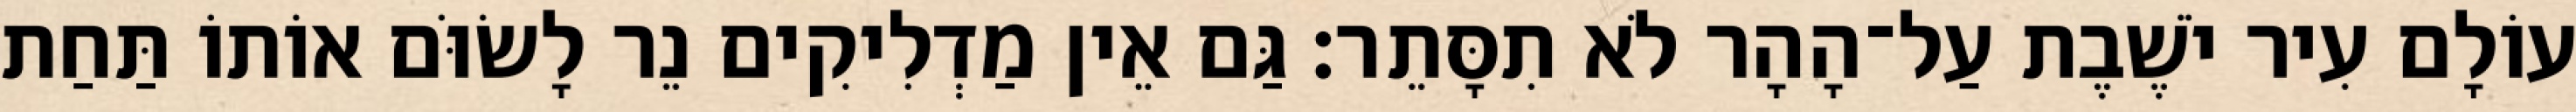
עוֹלָם עִיר יֹשֶׁבֶת עַל־הָהָר לֹא תִסָּתֵר׃ גַּם אֵין מַדְלִיקִים נֵר לָשׂוֹּם אוֹתוֹ תַּחַת